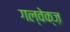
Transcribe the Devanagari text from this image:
गल्वेक्ज़